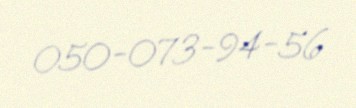
050-073-94-56